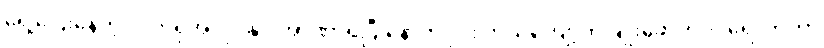
ရှေ့ပြေးနေတဲ့ လက်ရှိအလုပ်နှင့် အာဏာရပြီးနောက်ပိုင်း ဘယ်ကျော့်ကို ချိုးဖောက်ဝင်ရောက်ကာ